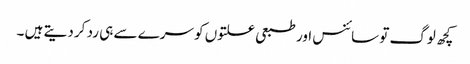
کچھ لوگ تو سائنس اور طبعی علتوں کو سرے سے ہی رد کر دیتے ہیں ۔